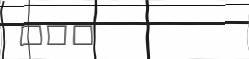
١٤٣